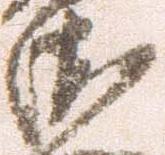
衛